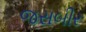
જસબીર